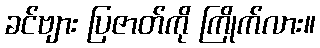
ခင်ဗျား ပြဇာတ်ကို ကြိုက်လား။